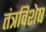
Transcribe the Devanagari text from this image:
तंत्रविशेष